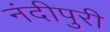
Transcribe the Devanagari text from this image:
नंदीपुरी